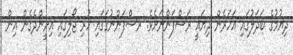
ދިޔުމުގެ ބަދަލުގައި އަހަރެން ދިޔައީ ރަސްފަންނަށެވެ. ރސްފަންނުގަަގައި ހުރި ޖޯލިގައި އިށީންދެގެން އިން